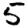
Digit: 5